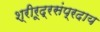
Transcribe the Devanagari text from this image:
श्रीरूद्रसंप्रदाय